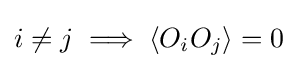
i\neq j\implies \left\langle O_{i}O_{j}\right\rangle =0